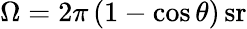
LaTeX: \Omega=2\pi\left(1-\cos\theta\right)\, {\mathrm{sr}}